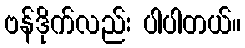
ဗန်ဒိုက်လည်း ပါပါတယ်။